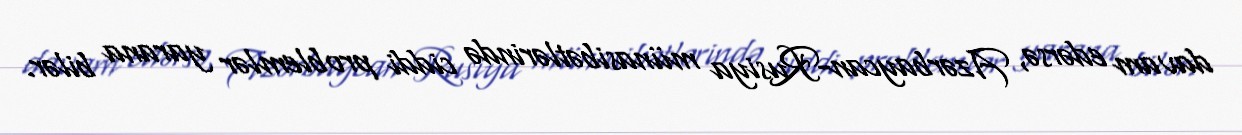
davam edərsə, Azərbaycan-Rusiya münasibətlərində ciddi problemlər yarana bilər.